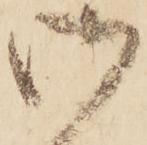
御